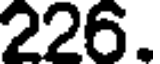
226.